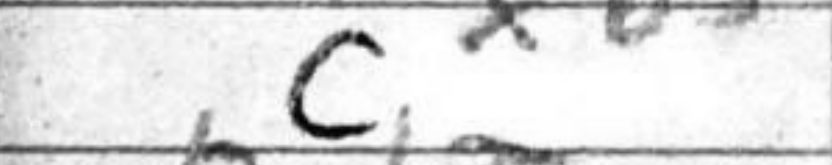
Transcription: cxb5